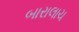
બારાલાચ